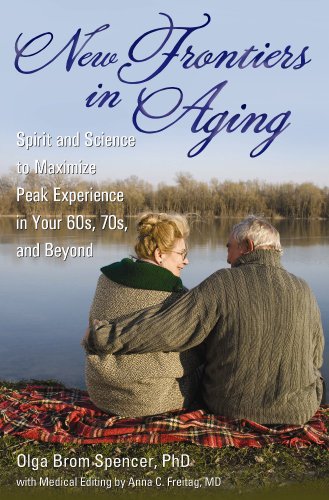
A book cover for New Frontiers in Aging: Spirit and Science to Maximize Peak Experience in Your 60s, 70s, and Beyond; Olga Brom Spencer; Health, Fitness & Dieting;